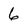
Character: 6